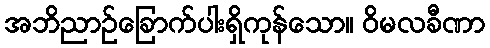
အဘိညာဉ်ခြောက်ပါးရှိကုန်သော။ ဝိမလခီဏာ